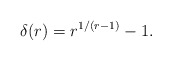
\begin{align*} \delta(r)= r^{1/(r - 1)} - 1.\end{align*}